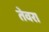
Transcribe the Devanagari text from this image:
तेवरा